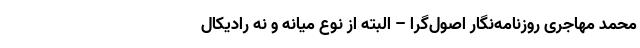
محمد مهاجری روزنامه‌نگار اصول‌گرا – البته از نوع میانه و نه رادیکال